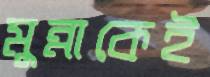
মুন্নাকেই